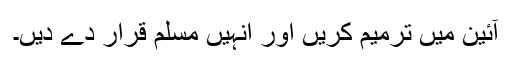
آئین میں ترمیم کریں اور انہیں مسلم قرار دے دیں۔